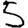
Digit: 5